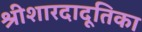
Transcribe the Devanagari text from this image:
श्रीशारदादूतिका